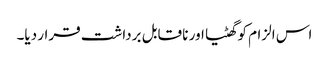
اس الزام کو گھٹیا اور نا قابل برداشت قرار دیا۔